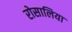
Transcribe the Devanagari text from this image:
रोसालिया